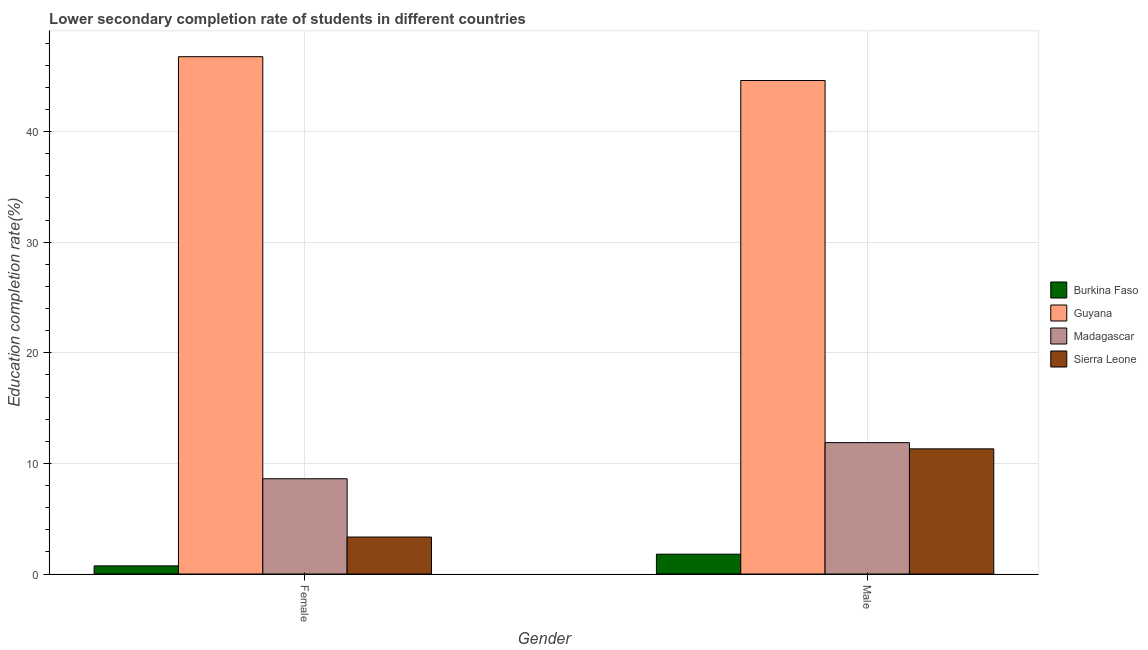
| Gender | Burkina Faso | Guyana | Madagascar | Sierra Leone |
 | --- | --- | --- | --- | --- |
 | Female | 0.734 | 46.8 | 8.61 | 3.34 |
 | Male | 1.79 | 44.6 | 11.9 | 11.3 |